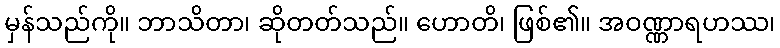
မှန်သည်ကို။ ဘာသိတာ၊ ဆိုတတ်သည်။ ဟောတိ၊ ဖြစ်၏။ အဝဏ္ဏာရဟဿ၊